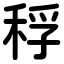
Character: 稃